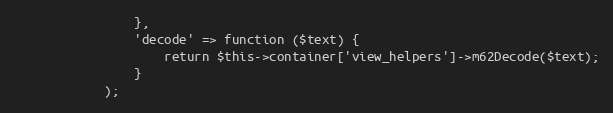
Language: PHP
                },
                'decode' => function ($text) {
                    return $this->container['view_helpers']->m62Decode($text);
                }
            );